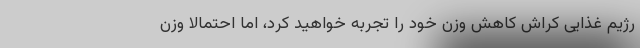
رژیم غذایی کراش کاهش وزن خود را تجربه خواهید کرد، اما احتمالا وزن